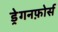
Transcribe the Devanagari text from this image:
ड्रेगनफ़ोर्स